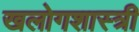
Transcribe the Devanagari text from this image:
खलोगशास्त्री